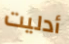
أدليت